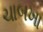
ચાબખા